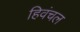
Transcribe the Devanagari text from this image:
हिवंचल